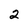
Character: 2